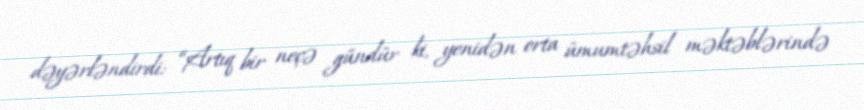
dəyərləndirdi: “Artıq bir neçə gündür ki, yenidən orta ümumtəhsil məktəblərində